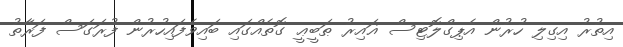
އިތުރު އިގިލި ހުރުން އެޕިގްލޮޓިސް ޣައިރު ޠަބީޢީ ގޮތެއްގައި ބައިވެފައިހުރުން ފުރަގަސް ފަރާތު